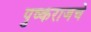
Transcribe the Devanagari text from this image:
पुष्कराजचे